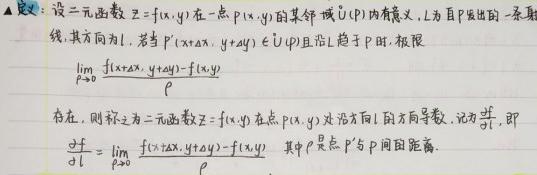
定义：设二元函数$z = f(x,y)$在一点$P(x_0,y_0)$的某邻域$U(P)$内有定义，$L$为自$P$发出的一条射线，其方向为$\boldsymbol{l}$，若$P'(x_0+\Delta x,y_0+\Delta y)\in U(P)$且沿$L$趋于$P$时，极限
\[
\lim_{\rho\rightarrow0}\frac{f(x_0+\Delta x,y_0+\Delta y)-f(x_0,y_0)}{\rho}
\]
存在，则称之为二元函数$z = f(x,y)$在点$P(x_0,y_0)$处沿方向$\boldsymbol{l}$的方向导数，记为$\frac{\partial f}{\partial l}$，即
\[
\frac{\partial f}{\partial l}=\lim_{\rho\rightarrow0}\frac{f(x_0+\Delta x,y_0+\Delta y)-f(x_0,y_0)}{\rho}
\]
其中$\rho$是点$P'$与$P$间的距离.